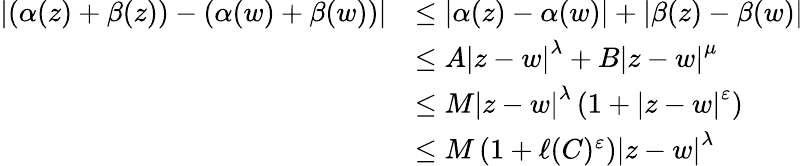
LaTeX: \begin{array}{rl}{\displaystyle\left\lvert\left(\alpha(z)+\beta(z)\right)-\left(\alpha(w)+\beta(w)\right)\right\rvert}&{\leq\displaystyle\left\lvert\alpha(z)-\alpha(w)\right\rvert+\displaystyle\left\lvert\beta(z)-\beta(w)\right\rvert}\\ &{\leq A\displaystyle\left\lvert z-w\right\rvert^{\lambda}+B\displaystyle\left\lvert z-w\right\rvert^{\mu}}\\ &{\leq M\displaystyle\left\lvert z-w\right\rvert^{\lambda}\left(1+\displaystyle\left\lvert z-w\right\rvert^{\varepsilon}\right)}\\ &{\leq M\left(1+\ell(C)^{\varepsilon}\right)\displaystyle\left\lvert z-w\right\rvert^{\lambda}}\end{array}